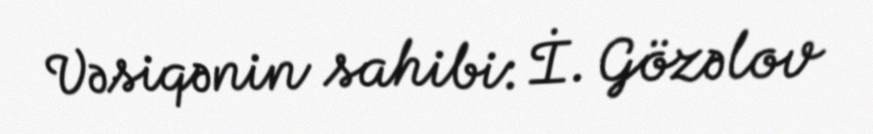
Vəsiqənin sahibi: İ. Gözəlov